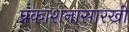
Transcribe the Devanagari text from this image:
प्रकाशनासारखी